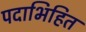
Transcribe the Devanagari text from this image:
पदाभिहित